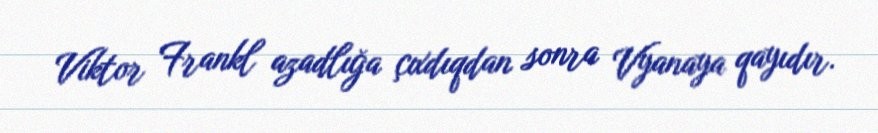
Viktor Frankl azadlığa çıxdıqdan sonra Vyanaya qayıdır.